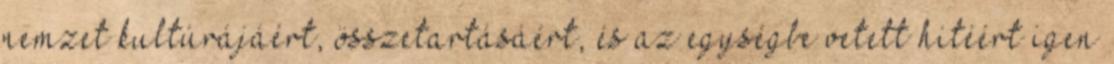
nemzet kultúrájáért, összetartásáért, és az egységbe vetett hitéért igen